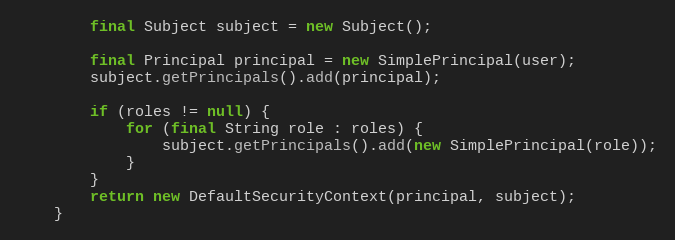
Language: Java
        final Subject subject = new Subject();

        final Principal principal = new SimplePrincipal(user);
        subject.getPrincipals().add(principal);

        if (roles != null) {
            for (final String role : roles) {
                subject.getPrincipals().add(new SimplePrincipal(role));
            }
        }
        return new DefaultSecurityContext(principal, subject);
    }